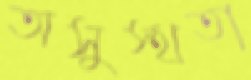
অসুস্থতা